Report on sanitation, dispensaries, and jails in Rajputana for 1910, and on vaccination for the year 1910-1911 - 1910-1911
Year: 1910
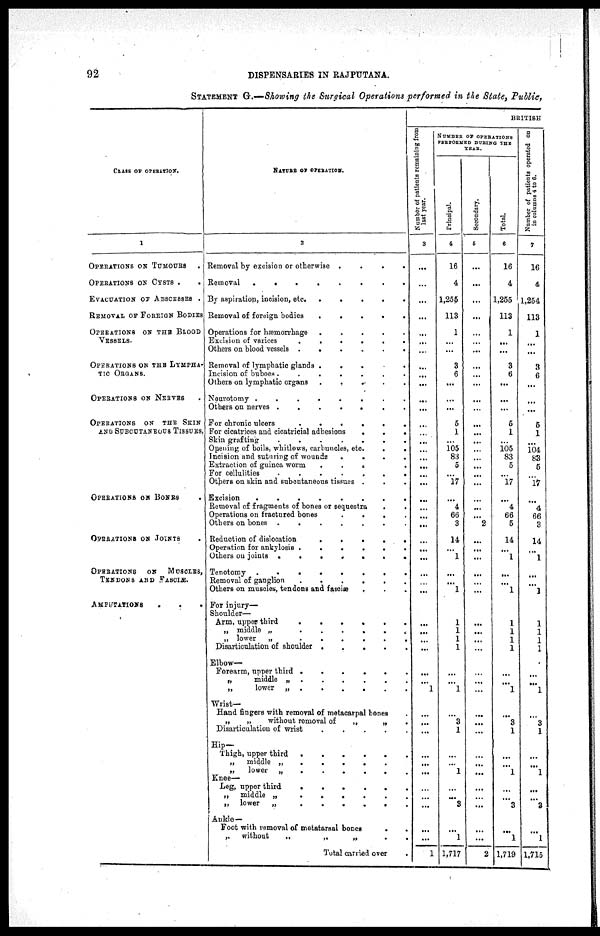
92
DISPENSARIES IN RAJPUTANA.
STATEMENT G.—Showing the Surgical Operations performed in the State, Public,
CLASS OF OPERATION.
1
OPERATIONS ON TUMOURS
OPERATIONS OF CYSTS .
.
EVACUATION OF ABSCESSES .
REMOVAL OF FOREIGN BODIES
OPERATIONS OF THE BLOOD
VESSELS.
OPERATIONS ON THE LYMPHA¬
TIC ORGANS.
OPERATIONS OF NERVES .
OPERATIONS ON THE SKIN
AND SUBCUTANEOUS TISSUES.
OPERATIONS ON BONES
.
OPERATIONS ON JOINTS .
OPERATIONS
ON
MUSCLES,
TENDONS AND FASCIÆ.
AMPUTATIONS . . .
NATURE OF OPERATION.
2
Removal by excision or otherwise .
.
.
.
Removal
.
.
.
.
.
.
.
.
By aspiration, incision, etc.
.
.
.
.
.
Removal of foreign bodies
.
.
.
.
.
Operations for hæmorrhage
.
.
.
.
.
Excision of varices
.
.
.
.
.
.
Others on blood vessels .
.
.
.
.
.
Removal of lymphatic glands . . . . .
Incision of buboes.
.
.
.
.
.
.
Others on lymphatic organs
.
.
.
.
.
Neurotomy .
.
.
.
.
.
.
.
Others on nerves .
.
.
.
.
.
.
For chronic ulcers
.
.
.
.
.
.
For cicatrices and cicatricial adhesions
.
.
.
Skin grafting
.
.
.
.
.
.
.
Opening of boils, whitlows, carbuncles, etc
.
.
Incision and suturing of wounds
.
.
.
.
Extraction of guinea worm . . . . .
For cellulities
.
.
.
.
.
.
.
Others on skin and subcutaneous tissues .
. .
Excision
.
.
.
.
.
.
.
.
Removal of fragments of bones or sequestra
. .
Operations on fractured bones
.
.
.
.
Others on bones .
.
.
.
.
.
.
Reduction of dislocation
.
.
.
.
.
Operation for ankylosis .
.
.
.
.
.
Others on joints .
.
.
.
.
.
.
Tenotomy .
.
.
.
.
.
.
.
Removal of ganglion
.
.
.
.
.
.
Others on muscles, tendons and fasoiæ . . .
For injury—
Shoulder—
Arm, upper third
.
.
.
.
.
.
„ middle „
.
.
.
.
.
.
„ lower
„
.
.
.
.
.
.
Disarticulation of shoulder .
.
.
.
.
Elbow—
Forearm, upper third .
.
.
.
.
.
„
middle „ .
.
.
.
.
.
„
lower „ .
.
.
.
.
.
Wrist—
Hand fingers with removal of metacarpal bones .
„
„
without removal of
„
„ .
Disarticulation of wrist
.
.
.
.
.
Hip—
Thigh, upper third
.
.
.
.
.
.
„
middle „
.
.
.
.
.
.
„
lower „
.
.
.
.
.
.
Knee—
Leg, upper third
.
.
.
.
.
.
„
middle „
.
.
.
.
.
.
„
lower
„
.
.
.
.
.
.
Ankle —
Foot with removal of metatarsal bones
. .
„
without
„
„
„
. .
Total carried over
.
BRITISH
Number of patients remaining from
last year.
3
...
...
...
...
...
...
...
...
...
...
...
...
...
...
...
...
...
...
...
...
...
...
...
...
...
...
...
...
...
...
...
...
...
...
...
...
1
...
...
...
...
...
...
...
...
...
...
...
1
NUMBER OF OPERATIONS
PERFORMED DURING THE
YEAR.
Principal.
4
16
4
1,255
113
1
...
...
3
6
...
...
...
5
1
...
105
83
5
...
17
...
4
66
3
14
...
1
...
...
1
1
1
1
1
...
...
1
...
3
1
...
...
1
...
...
3
...
1
1,717
Secondary.
5
...
...
...
...
...
...
...
...
...
...
...
...
...
...
...
...
...
...
...
...
...
...
...
2
...
...
...
...
...
...
...
...
...
...
...
...
...
...
...
...
...
...
...
...
...
...
...
...
2
Total.
6
16
4
1,255
113
1
...
...
3
6
...
...
...
5
1
...
105
83
5
...
17
...
4
66
6
14
...
1
...
...
1
1
1
1
1
...
...
1
...
3
1
...
...
1
...
...
3
...
1
1,719
Number of patients operated on
in columns 4 to 6.
7
16
4
1,254
113
1
...
...
3
6
...
...
...
5
1
...
104
83
5
...
17
...
4
66
3
14
...
1
...
...
1
1
1
1
1
...
...
1
...
3
1
...
...
1
...
...
3
...
1
1,715